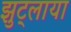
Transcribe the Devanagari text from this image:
झुट्लाया